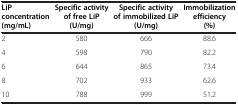
| LiP concentration (mg/mL) | Specific activity of free LiP (U/mg) | Specific activity of immobilized LiP (U/mg) | Immobilization efficiency (%) |
 | --- | --- | --- | --- |
 | 2 | 580 | 666 | 88.6 |
 | 4 | 598 | 790 | 82.2 |
 | 6 | 644 | 865 | 73.4 |
 | 8 | 702 | 933 | 62.6 |
 | 10 | 788 | 999 | 51.2 |